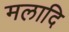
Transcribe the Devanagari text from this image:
मलादि